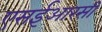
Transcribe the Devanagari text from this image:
एसईआरसी